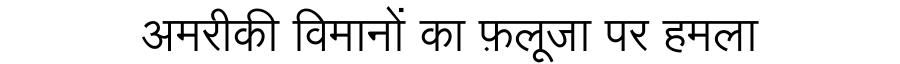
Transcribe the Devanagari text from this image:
अमरीकी विमानों का फ़लूजा पर हमला